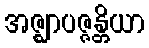
အဇ္ဈာပဇ္ဇန္တိယာ